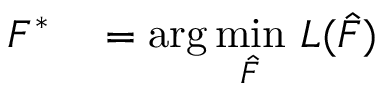
\begin{array} { r l } { F ^ { * } } & { { } = \arg \underset { \hat { F } } { \operatorname* { m i n } } \, \, L ( \hat { F } ) } \end{array}